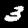
Digit: 3